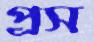
প্রস